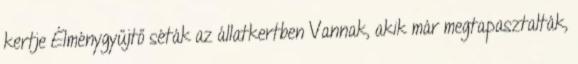
kertje Élménygyűjtő séták az állatkertben Vannak, akik már megtapasztalták,